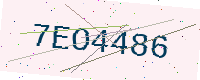
Text: 7EO4486